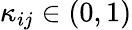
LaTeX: \kappa_{ij}\in(0,1)